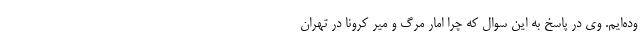
وده‌ایم. وی در پاسخ به این سوال که چرا امار مرگ و میر کرونا در تهران